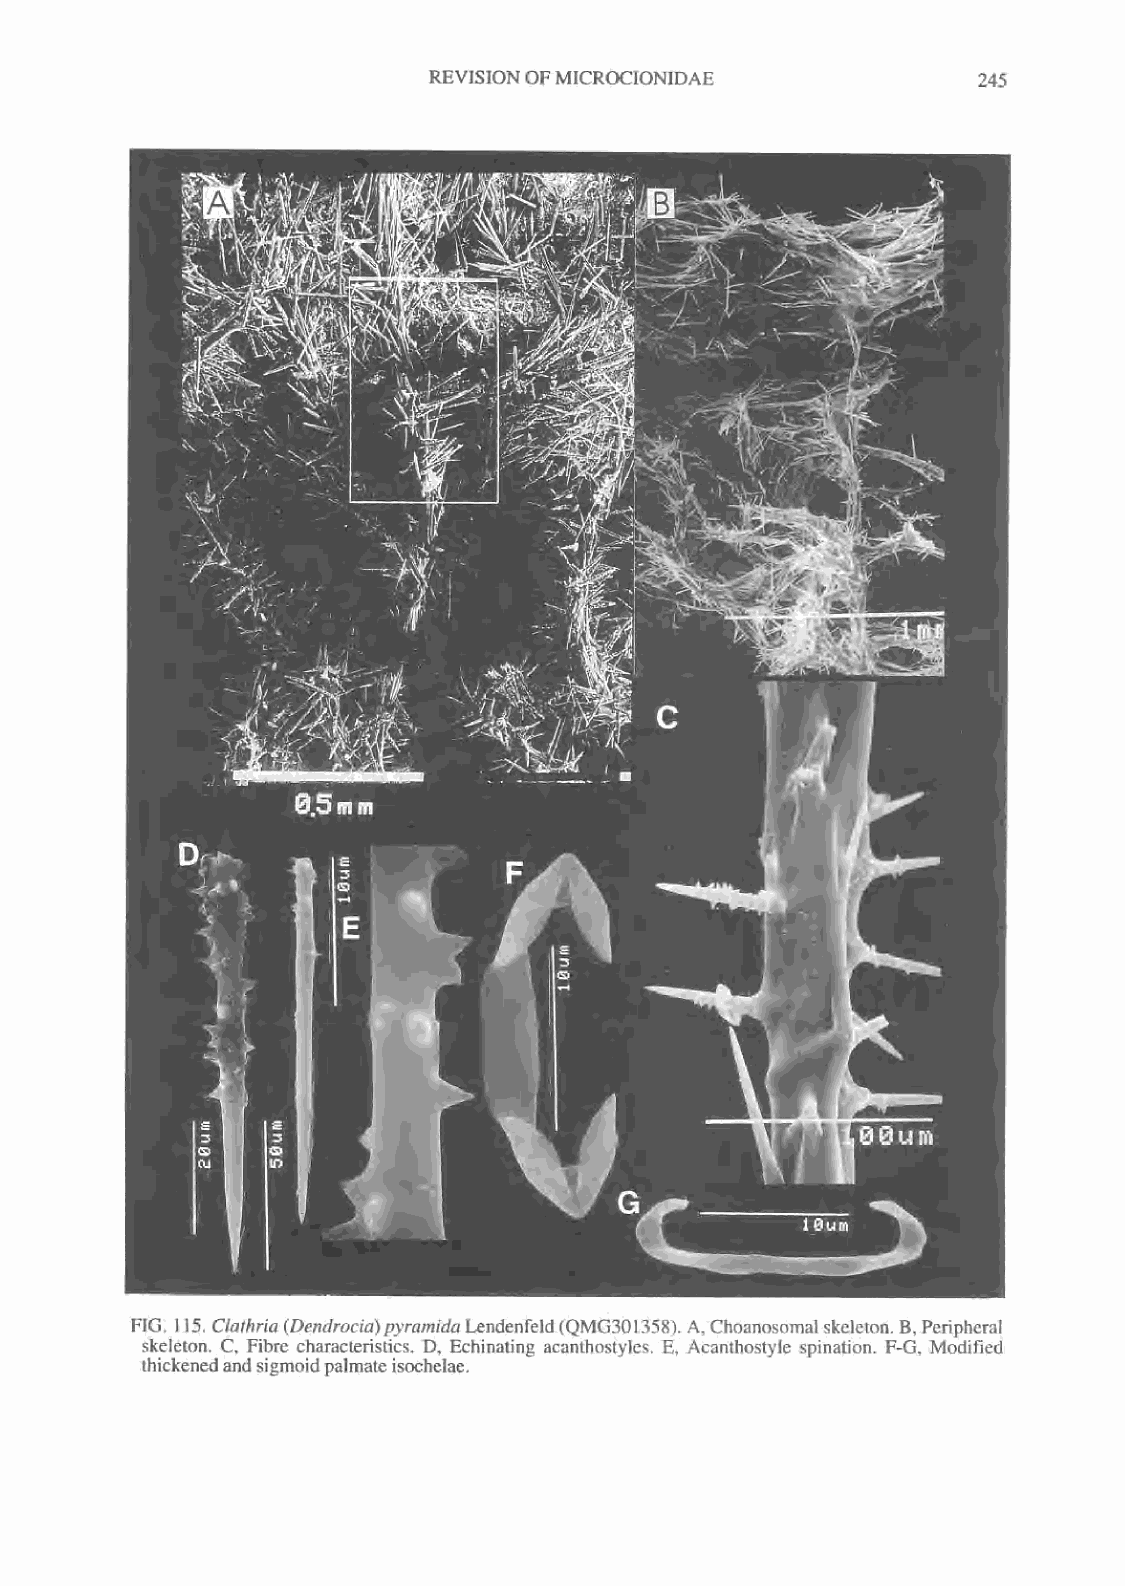
REVISIONOFMICROCIONIDAE
 245
 FIG. 1 15. Clathria(Dendrocia)pyramidaLendenfeld (QMG301358). A, Choanosomalskeleton. B, Peripheral
 skeleton. C, Fibre characteristics. D, Echinating acanthostylcs. E, Aeanthostyle spination. F-G, Modified
 thickenedandsigmoidpalmateisochelae.